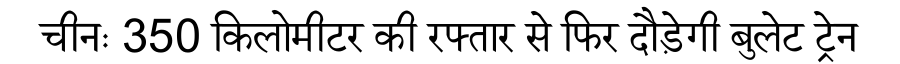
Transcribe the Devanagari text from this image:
चीनः 350 किलोमीटर की रफ्तार से फिर दौड़ेगी बुलेट ट्रेन